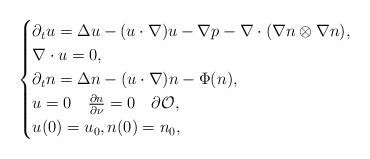
LaTeX: \begin{align*}\begin{cases}\partial_t u = \Delta u - (u\cdot \nabla)u -\nabla p - \nabla \cdot (\nabla n \otimes \nabla n) , \\\nabla \cdot u = 0 , \\\partial_t n = \Delta n - (u\cdot\nabla)n - \Phi(n) , \\ u = 0 \quad \frac{\partial n}{\partial \nu} = 0 \quad \partial\mathcal{O}, \\ u(0) = u_0, n(0) = n_0 ,\end{cases}\end{align*}